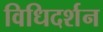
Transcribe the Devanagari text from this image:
विधिदर्शन